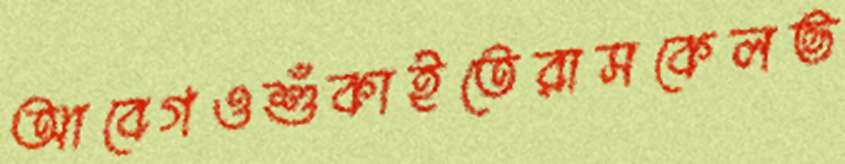
আবেগওশুঁকাইতেরাসকেলভ